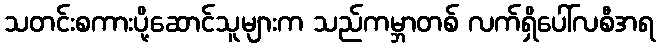
သတင်းစကားပို့ဆောင်သူများက သည်ကမ္ဘာတစ် လက်ရှိပေါ်လစီအရ